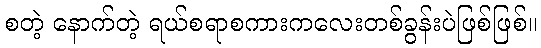
စတဲ့ နောက်တဲ့ ရယ်စရာစကားကလေးတစ်ခွန်းပဲဖြစ်ဖြစ်။